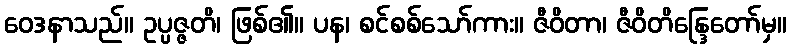
ဝေဒနာသည်။ ဥပ္ပဇ္ဇတိ၊ ဖြစ်၏။ ပန၊ စင်စစ်သော်ကား။ ဇီဝိတာ၊ ဇီဝိတိန္ဒြေတော်မှ။